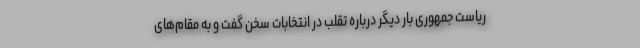
ریاست جمهوری بار دیگر درباره تقلب در انتخابات سخن گفت و به مقام‌های